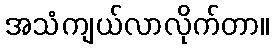
အသံကျယ်လာလိုက်တာ။